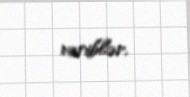
veriblər.